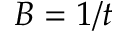
B = 1 / t